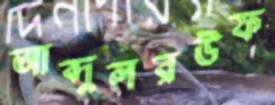
আব্দুলরউফ